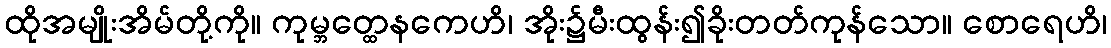
ထိုအမျိုးအိမ်တို့ကို။ ကုမ္ဘတ္ထေနကေဟိ၊ အိုး၌မီးထွန်း၍ခိုးတတ်ကုန်သော။ စောရေဟိ၊